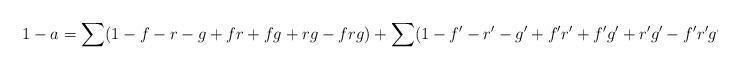
LaTeX: \begin{align*} 1-a=\sum(1-f-r-g+fr+fg+rg-frg)+\sum (1-f'-r'-g'+f'r'+f'g'+r'g'-f'r'g').\end{align*}